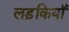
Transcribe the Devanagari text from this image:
लड़कियॉं